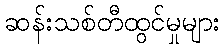
ဆန်းသစ်တီထွင်မှုများ